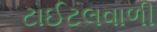
ટાઈટલવાળી